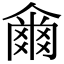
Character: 𤕨